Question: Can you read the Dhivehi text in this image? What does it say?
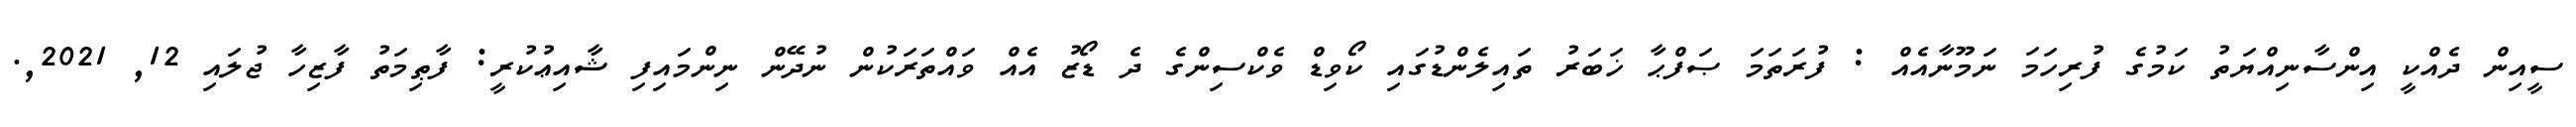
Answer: ސީއިން ދެއްކީ އިންސާނިއްޔަތު ކަމުގެ ފުރިހަމަ ނަމޫނާއެއް : ފުރަތަމަ ޞަފްޙާ ޚަބަރު ތައިލެންޑުގައި ކޯވިޑް ވެކްސިންގެ ދެ ޑޯޒު އެއް ވައްތަރަކުން ނުދޭން ނިންމައިފި ޝާއިޢުކުރީ: ފާޠިމަތު ފާޒިހާ ޖުލައި 12, 2021,.